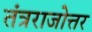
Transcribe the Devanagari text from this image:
तंत्रराजोत्तर